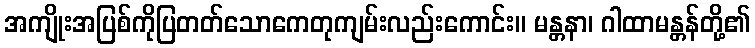
အကျိုးအပြစ်ကိုပြတတ်သောကေတုကျမ်းလည်းကောင်း။ မန္တနာ၊ ဂါထာမန္တန်တို့၏